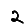
Digit: 2